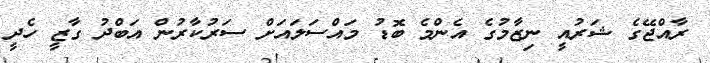
ރާއްޖޭގެ ޝަރުއީ ނިޒާމުގެ އެންމެ ބޮޑު މައްސަލައަށް ސަރުކާރުން އަބްދު ގާޒީ ހެދީ